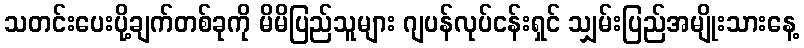
သတင်းပေးပို့ချက်တစ်ခုကို မိမိပြည်သူများ ဂျပန်လုပ်ငန်းရှင် သျှမ်းပြည်အမျိုးသားနေ့